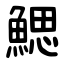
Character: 鰓